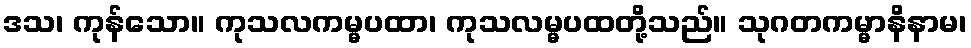
ဒသ၊ ကုန်သော။ ကုသလကမ္မပထာ၊ ကုသလမ္မပထတို့သည်။ သုဂတကမ္မာနိနာမ၊